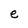
Character: e